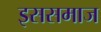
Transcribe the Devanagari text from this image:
इससमाज